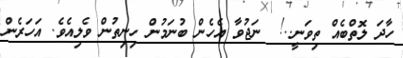
ހާދަ ލޮތްބެއް ތިވަނީ..!  ނަޖުވާ އެހެން ބުނަމުން ހިނިތުން ވެލިއެވެ. އަހަރެން